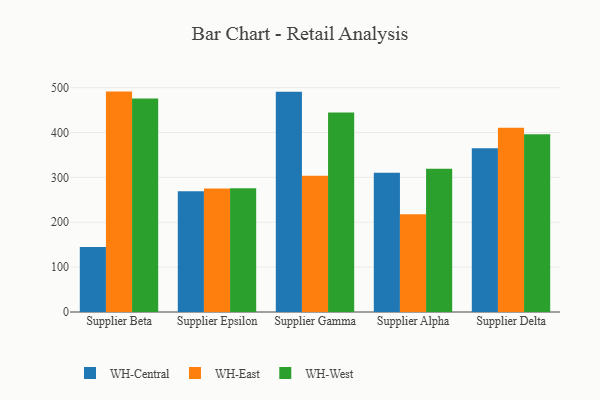
{"axis": {"x": "Supplier", "y": "Churn Rate (%)"}, "legend": ["WH-Central", "WH-East", "WH-West"], "data": [{"x": "Supplier Beta", "y": 145.1, "type": "WH-Central"}, {"x": "Supplier Beta", "y": 491.2, "type": "WH-East"}, {"x": "Supplier Beta", "y": 475.7, "type": "WH-West"}, {"x": "Supplier Epsilon", "y": 269.3, "type": "WH-Central"}, {"x": "Supplier Epsilon", "y": 275.5, "type": "WH-East"}, {"x": "Supplier Epsilon", "y": 275.7, "type": "WH-West"}, {"x": "Supplier Gamma", "y": 491.0, "type": "WH-Central"}, {"x": "Supplier Gamma", "y": 303.7, "type": "WH-East"}, {"x": "Supplier Gamma", "y": 444.7, "type": "WH-West"}, {"x": "Supplier Alpha", "y": 310.6, "type": "WH-Central"}, {"x": "Supplier Alpha", "y": 218.1, "type": "WH-East"}, {"x": "Supplier Alpha", "y": 319.0, "type": "WH-West"}, {"x": "Supplier Delta", "y": 364.7, "type": "WH-Central"}, {"x": "Supplier Delta", "y": 410.4, "type": "WH-East"}, {"x": "Supplier Delta", "y": 396.2, "type": "WH-West"}]}